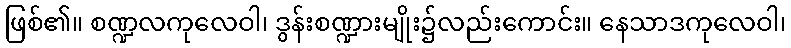
ဖြစ်၏။ စဏ္ဍလကုလေဝါ၊ ဒွန်းစဏ္ဍားမျိုး၌လည်းကောင်း။ နေသာဒကုလေဝါ၊